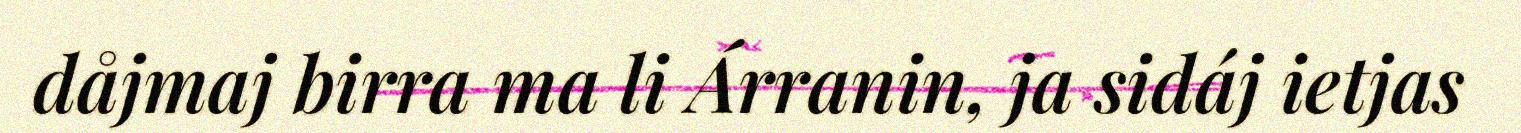
dåjmaj birra ma li Árranin, ja sidáj ietjas